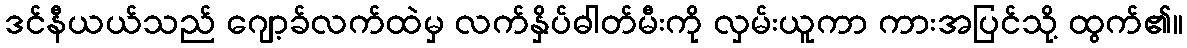
ဒင်နီယယ်သည် ဂျော့ခ်လက်ထဲမှ လက်နှိပ်ဓါတ်မီးကို လှမ်းယူကာ ကားအပြင်သို့ ထွက်၏။